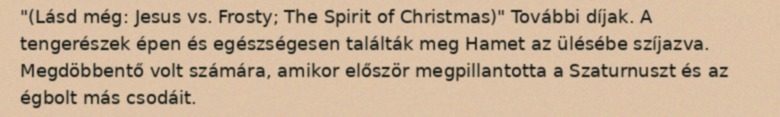
"(Lásd még: Jesus vs. Frosty; The Spirit of Christmas)" További díjak. A tengerészek épen és egészségesen találták meg Hamet az ülésébe szíjazva. Megdöbbentő volt számára, amikor először megpillantotta a Szaturnuszt és az égbolt más csodáit.